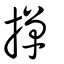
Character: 撣